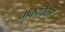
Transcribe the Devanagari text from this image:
चाकांपैकी